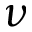
\nu